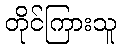
တိုင်ကြားသူ